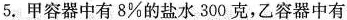
5.甲容器中有8%的盐水300克，乙容器中有